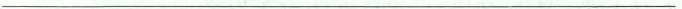
___